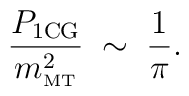
\frac{P_{\rm 1CG}}{m^2_{\rm \scriptscriptstyle{MT}}} \;\sim\; \frac{1}{\pi}.